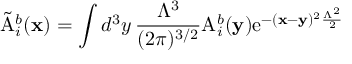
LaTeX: \tilde { \mathrm { A } } _ { i } ^ { b } ( { \bf x } ) = \int d ^ { 3 } y \, { \frac { \Lambda ^ { 3 } } { ( 2 \pi ) ^ { 3 / 2 } } } \mathrm { A } _ { i } ^ { b } ( { \bf y } ) \mathrm { e } ^ { - ( { \bf x } - { \bf y } ) ^ { 2 } { \frac { \Lambda ^ { 2 } } { 2 } } }